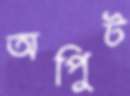
অপিুট